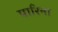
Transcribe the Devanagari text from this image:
पारिना